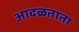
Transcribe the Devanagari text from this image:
आढळताता